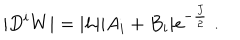
| D ^ { i } W | = | h | | A _ { i } + B _ { i } | e ^ { - \frac { J } { 2 } } \; .